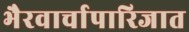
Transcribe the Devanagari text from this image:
भैरवार्चापारिजात